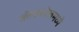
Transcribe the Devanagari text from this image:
ब्लॅकहोलमध्ये